Medical and sanitary report of the native army of Bengal for the year
Year: 1875
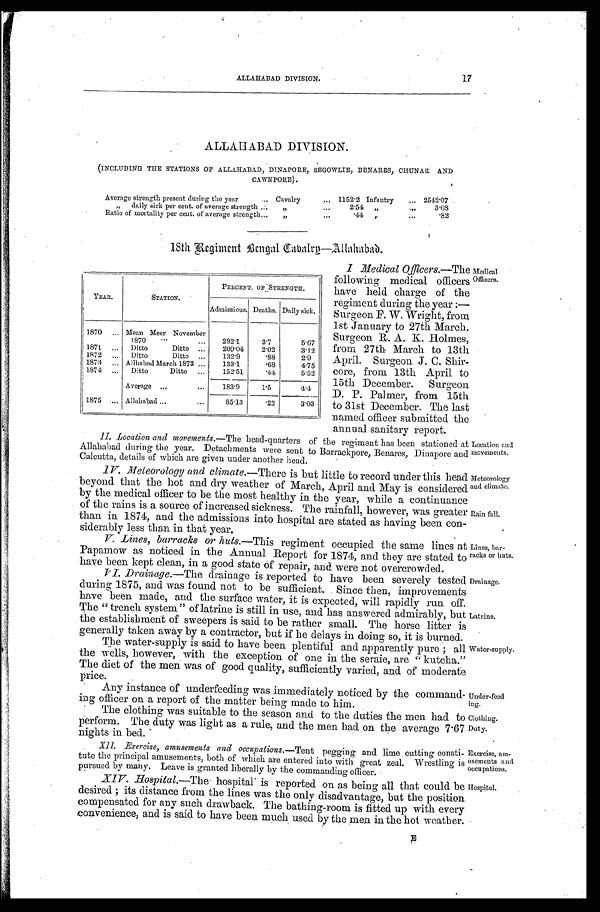
Location and
movements.
Meteorology
and climate.
Rain fall.
Lines, bar
-
racks or huts.
Drainage.
17
ALLAHABAD DIVISION.
ALLAHABAD DIVISION.
(INCLUDING THE STATIONS OF ALLAHABAD, DINAPORE, SEGOWLIE, BENARES, CHUNAR AND
CAWNP ORE).
Average strength present during the year . . .
Cavalry . . .
1152.2 Infantry . . .
2542.07
2.54 " . . .
3.08
" d a i l y s i c k p e r c e n t . o f a v e r a g e s t r e n g t h . . .
" . . .
.44 " . . .
.82
Ratio of mortality per cent. of average strength . . .
" . . .
18th Regiment Bengal Cavalry—Allahabad.
YEAR.
STATION.
PERCENT. OF STRENGTH.
Admissions. Deaths. Daily sick.
1870 . . . Mean Meer November
1870 . . .
292.1
3.7
5.67
1871 . . .
Ditto Ditto . . .
209.04
2.02
3.12
1872 . . .
Ditto Ditto . . .
132.9
.88
2.9
1873 . . . Allhabad March 1873 . . .
133.1
.68
4.75
1874 . . .
Ditto Ditto . . .
152.51
.44
5.52
Average . . .
183.9
1.5
4.4
1875
. . . Allahabad . . .
85.13
.22
3.03
I Medical Officers. —The
following medical officers
have held charge of the
regiment during the year:—
Surgeon F. W. Wright, from
1st January to 27th March.
Surgeon R. A. K. Holmes,
from 27th March to 13th
April. Surgeon J. C. Shir
-
core, from 13th April to
15th December. Surgeon
D. P. Palmer, from 15th
to 31st December. The last
named officer submitted the
annual sanitary report.
Medical
Officers.
II. Location and movements. —The head-quarters of the regiment has been stationed at
Allahabad during the year. Detachments were sent to Barrackpore, Benares, Dinapore and
Calcutta, details of which are given under another head.
IV. Meteorology and climate. —There is but little to record under this head
beyond that the hot and dry weather of March, April and May is considered
by the medical officer to be the most healthy in the year, while a continuance
of the rains is a source of increased sickness. The rainfall, however, was greater
than in 1874, and the admissions into hospital are stated as having been con--
siderably less than in that year.
V. Lines, barracks or huts .—This regiment occupied the same lines at
Papamow as noticed in the Annual Report for 1874, and they arc stated to
have been kept clean, in a good state of repair, and were not overcrowded.
VI. Drainage. —The drainage is reported to have been severely tested
during 1875, and was found not to be sufficient. Since then, improvements
have been made, and the surface water, it is expected, will rapidly run off.
The "trench system" of latrine is still in use, and has answered admirably, but
the establishment of sweepers is said to be rather small. The horse litter is
generally taken away by a contractor, but if he delays in doing so, it is burned.
Latrine.
The water-supply is said to have been plentiful and apparently pure; all
the wells, however, with the exception of one in the seraie, are "kutcha."
The diet of the men was of good quality, sufficiently varied, and of moderate
price.
Any instance of underfeeding was immediately noticed by the command-
ing officer on a report of the matter being made to him.
Water-supply.
Under-feed
ing.
The clothing was suitable to the season and to the duties the men had to
perform. The duty was light as a rule, and the men had on the average 7.67
nights in bed.
XII. Exercise, amusements and occupations. —Tent
pegging and lime cutting consti
-
tute the principal amusements, both of which are entered into with great zeal. Wrestling is
pursued by many. Leave is granted liberally by the commanding officer.
XIV. Hospital. —The hospital is reported on as being all that could be
desired; its distance from the lines was the only disadvantage, but the position
compensated for any such drawback. The bathing-room is fitted up with every
convenience, and is said to have been much used by the men in the hot weather.
Clothing.
Duty.
Exercise, am
-
usements and
occupations.
Hospital.